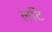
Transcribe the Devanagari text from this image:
लटि